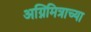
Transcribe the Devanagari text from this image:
अग्निमित्राच्या